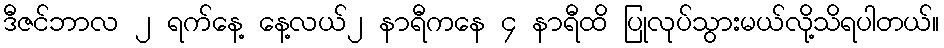
ဒီဇင်ဘာလ ၂ ရက်နေ့ နေ့လယ်၂ နာရီကနေ ၄ နာရီထိ ပြုလုပ်သွားမယ်လို့သိရပါတယ်။